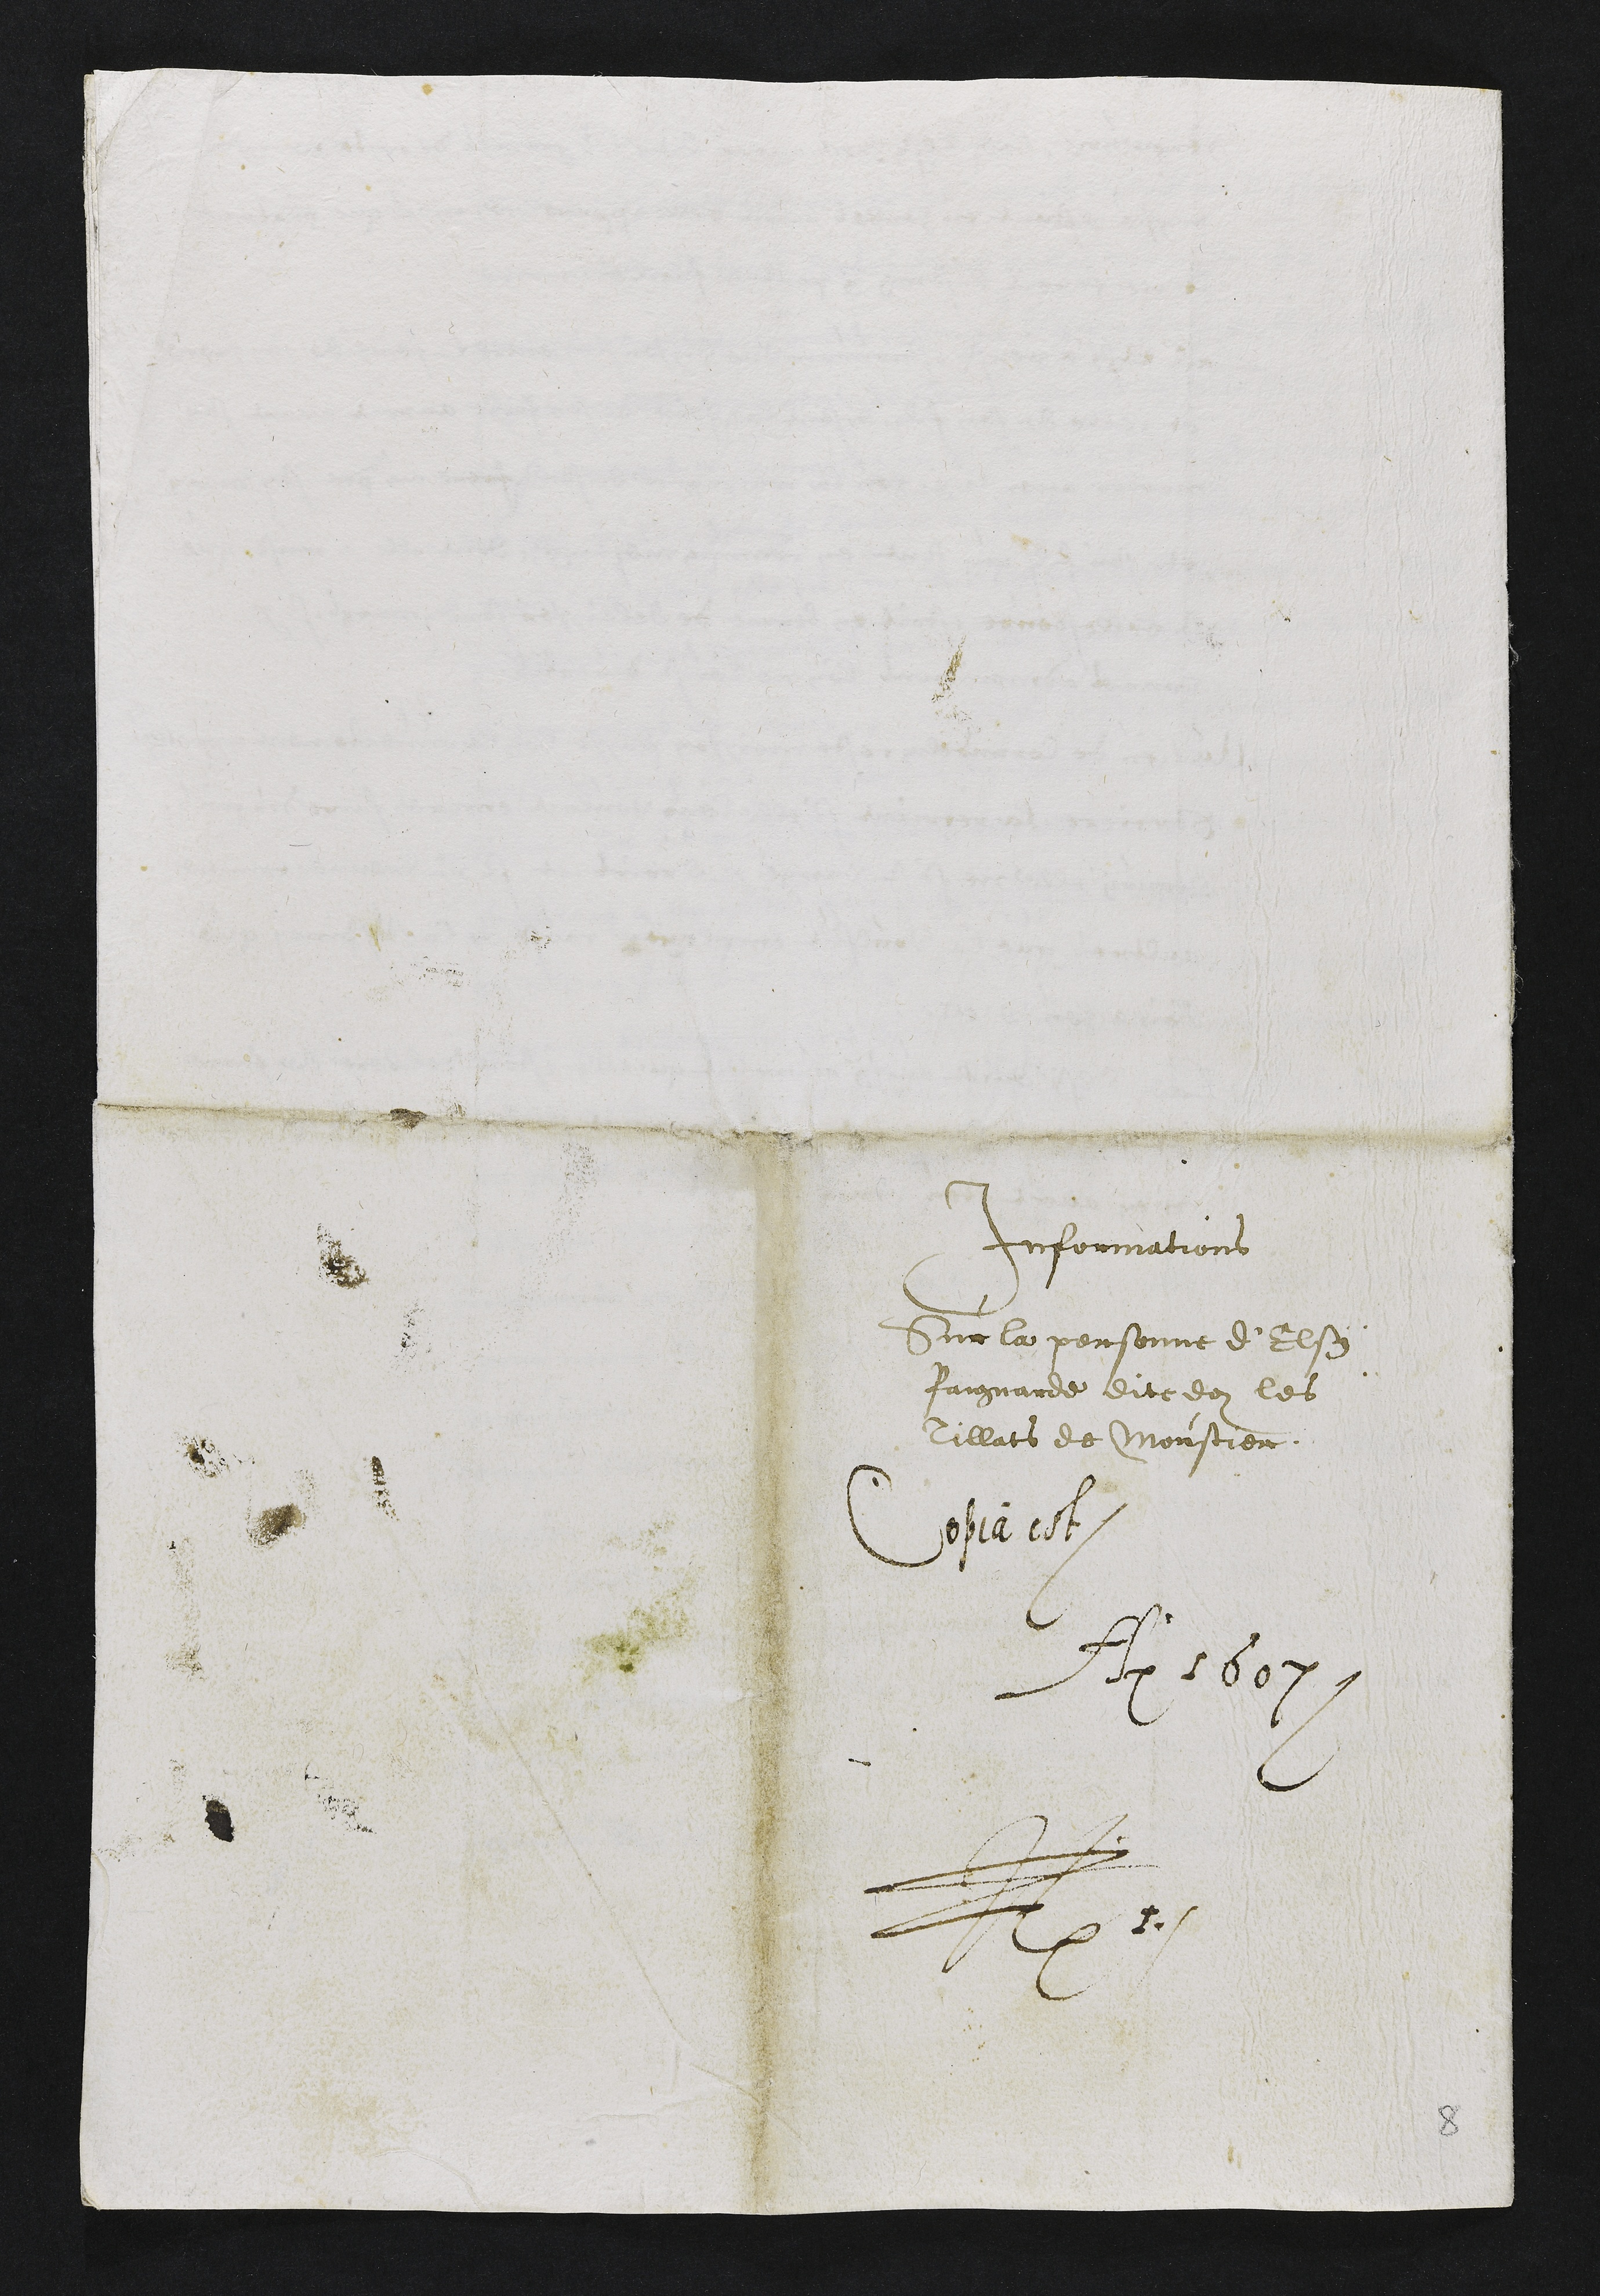
Informations
Sur la personne d'Elsy
Paignarde dite doz les
Tillats de Moustier
Copia est
A. 1607
N. 1

8